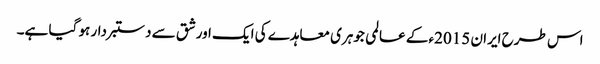
اس طرح ایران 2015ء کے عالمی جوہری معاہدے کی ایک اور شق سے دستبردار ہو گیا ہے۔